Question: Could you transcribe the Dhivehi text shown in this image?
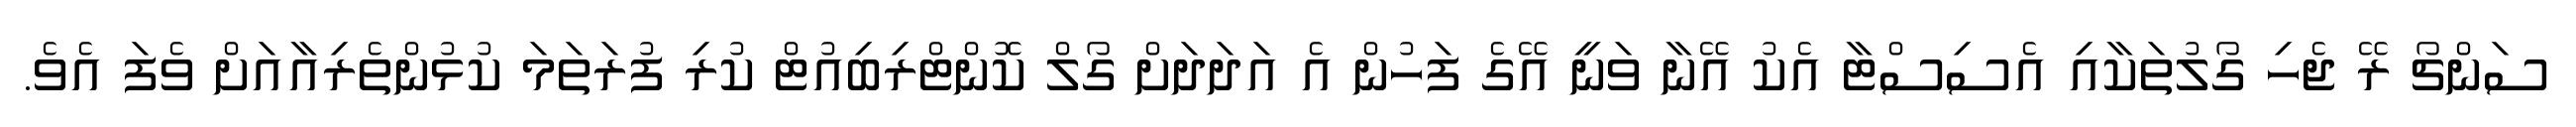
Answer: ސަންޗޯ ރޭ ޖެހި ގޯލުތަކާއި އެސިސްޓާ އެކު އޭނާ ވަނީ އޭގެ ފަހުން އެ އަދަދަށް ގޯލް ކޮންޓްރިބިއުޓް ކުރި ފުރަތަމަ ކުޅުންތެރިއާއަށް ވެފަ އެވެ.